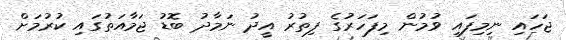
ޖަހައި ނިމިފައި ވުމުން މިފަހަރުގެ ފިތުރު އީދު ނަމާދު ބޮޑު ޖަމާއަތުގައި ކުރުމަށް